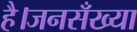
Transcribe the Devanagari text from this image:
है।जनसँख्या